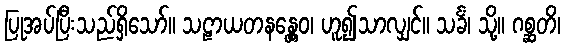
ပြုအပ်ပြီးသည်ရှိသော်။ သဠာယတနန္တွေဝ၊ ဟူ၍သာလျှင်။ သင်္ခံ၊ သို့။ ဂစ္ဆတိ၊